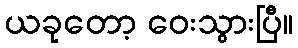
ယခုတော့ ဝေးသွားပြီ။